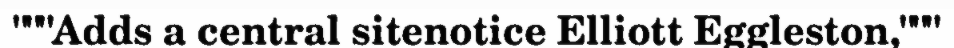
"""Adds a central sitenotice Elliott Eggleston,"""